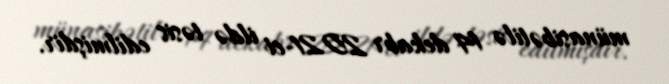
münasibətilə 14 dekabr 2021-ci ildə təsis edilmişdir.